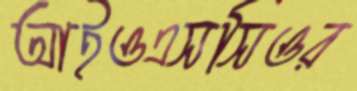
আইওএসসিওর